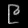
Digit: ၉